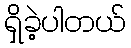
ရှိခဲ့ပါတယ်